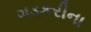
ગડકરીના